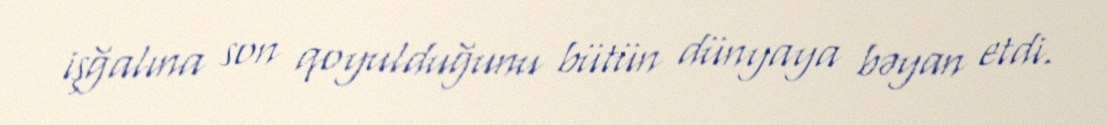
işğalına son qoyulduğunu bütün dünyaya bəyan etdi.